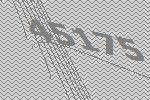
45175